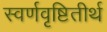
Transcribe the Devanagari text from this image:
स्वर्णवृष्टितीर्थ